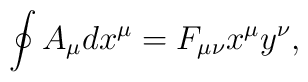
\oint A_\mu dx^\mu =F_{\mu \nu }x^\mu y^\nu ,